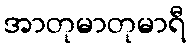
အာတုမာတုမာရီ